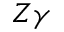
Z \gamma